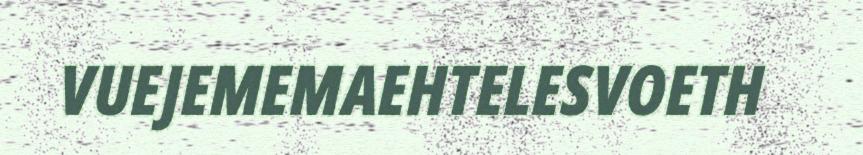
VUEJEMEMAEHTELESVOETH